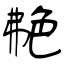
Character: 艴